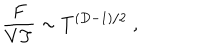
{ \frac { F } { V T } } \sim T ^ { ( D - 1 ) / 2 } \; ,